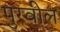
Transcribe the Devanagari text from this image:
पुरवील